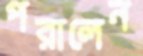
পরালেন